Annual report of the Punjab Veterinary College and of the Civil Veterinary Department, Punjab - 1926-1932
Year: 1926
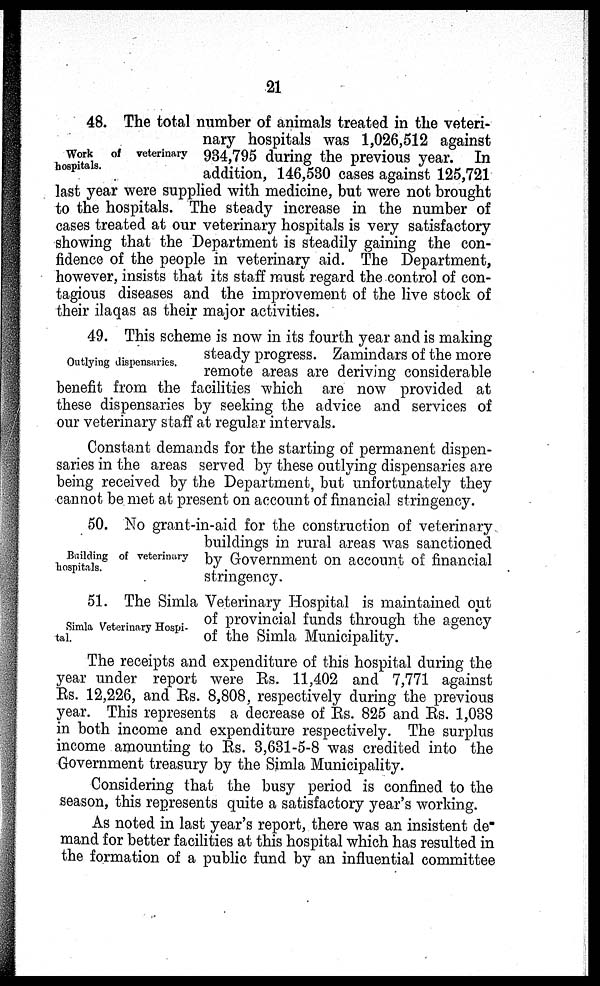
21
Work of veterinary
hospitals.
48. The total number of animals treated in the veteri-
nary hospitals was 1,026,512 against
934,795 during the previous year. In
addition, 146,530 cases against 125,721
last year were supplied with medicine, but were not brought
to the hospitals. The steady increase in the number of
cases treated at our veterinary hospitals is very satisfactory
showing that the Department is steadily gaining the con-
fidence of the people in veterinary aid. The Department,
however, insists that its staff must regard the control of con-
tagious diseases and the improvement of the live stock of
their ilaqas as their major activities.
Outlying dispensaries.
49. This scheme is now in its fourth year and is making
steady progress. Zamindars of the more
remote areas are deriving considerable
benefit from the facilities which are now provided at
these dispensaries by seeking the advice and services of
our veterinary staff at regular intervals.
Constant demands for the starting of permanent dispen-
saries in the areas served by these outlying dispensaries are
being received by the Department, but unfortunately they
cannot be met at present on account of financial stringency.
Building of veterinary
hospitals.
50. No grant-in-aid for the construction of veterinary
buildings in rural areas was sanctioned
by Government on account of financial
stringency.
Simla Veterinary Hospi-
tal.
51. The Simla Veterinary Hospital is maintained out
of provincial funds through the agency
of the Simla Municipality.
The receipts and expenditure of this hospital during the
year under report were Rs. 11,402 and 7,771 against
Rs. 12,226, and Rs. 8,808, respectively during the previous
year. This represents a decrease of Rs. 825 and Rs. 1,088
in both income and expenditure respectively. The surplus
income amounting to Rs. 3,631-5-8 was credited into the
Government treasury by the Simla Municipality.
Considering that the busy period is confined to the
season, this represents quite a satisfactory year's working.
As noted in last year's report, there was an insistent de-
mand for better facilities at this hospital which has resulted in
the formation of a public fund by an influential committee